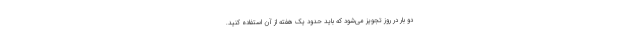
دو بار در روز تجویز می‌شود که باید حدود یک هفته از آن استفاده کنید.